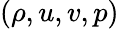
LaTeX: (\rho,u,v,p)